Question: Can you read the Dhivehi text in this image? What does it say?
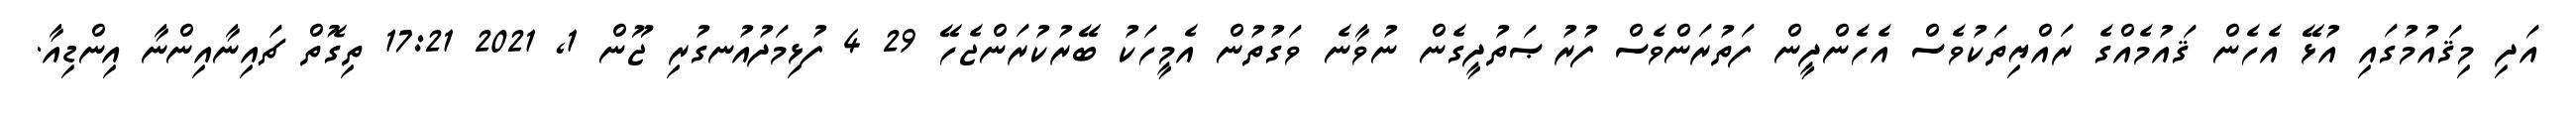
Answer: އަދި މިޤައުމުގައި އުޅޭ އެހެން ޤައުމެއްގެ ރައްޔިތަކުވެސް އެހެންދީން ފަތުރަންވެސް ފުރުޞަތުދީގެން ނުވާނެ ވަގުތުން އެމީހަކު ބޭރުކުރަންޖެހޭ 29 4 ފުޅިމަދުއުނގުރި ޖޫން 1, 2021 17:21 ތިގޮތް ޗައިނާއިންނާ އިންޑިއާ.